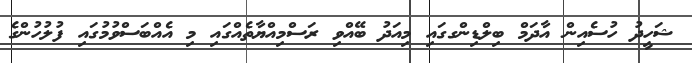
ޝަހީދު ހުސެއިން އާދަމް ބިލްޑިންގގައި މިއަދު ބޭއްވި ރަސްމިއްޔާތެއްގައި މި އެއްބަސްވުމުގައި ފުލުހުންގެ